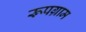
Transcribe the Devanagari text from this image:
रूपग्राम